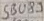
Text: SB089